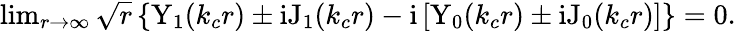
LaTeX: \begin{array}{r}{\operatorname*{lim}_{r\rightarrow\infty}\sqrt{r}\left\{ \mathrm{Y}_{1}(k_{c}r)\pm\mathrm{i}\mathrm{J}_{1}(k_{c}r)-\mathrm{i}\left[\mathrm{Y}_{0}(k_{c}r)\pm\mathrm{i}\mathrm{J}_{0}(k_{c}r)\right]\right\} =0.}\end{array}